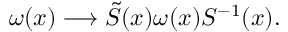
\omega ( x ) \longrightarrow \tilde { S } ( x ) \omega ( x ) S ^ { - 1 } ( x ) .